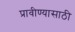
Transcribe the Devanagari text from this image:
प्रावीण्यासाठी